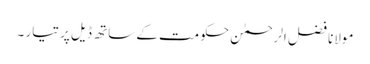
مولانا فضل الرحمٰن حکومت کے ساتھ ڈیل پر تیار ۔